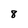
Character: 8